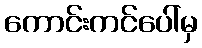
ကောင်းကင်ပေါ်မှ